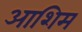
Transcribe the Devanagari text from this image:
आशिम